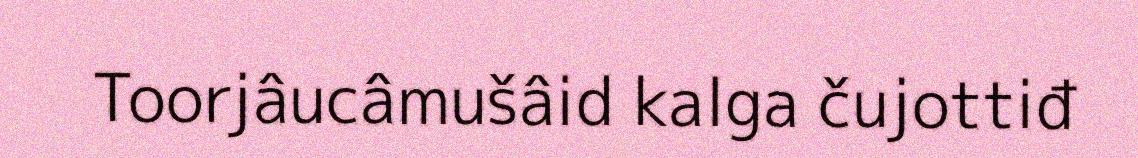
Toorjâucâmušâid kalga čujottiđ